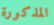
المذكورة